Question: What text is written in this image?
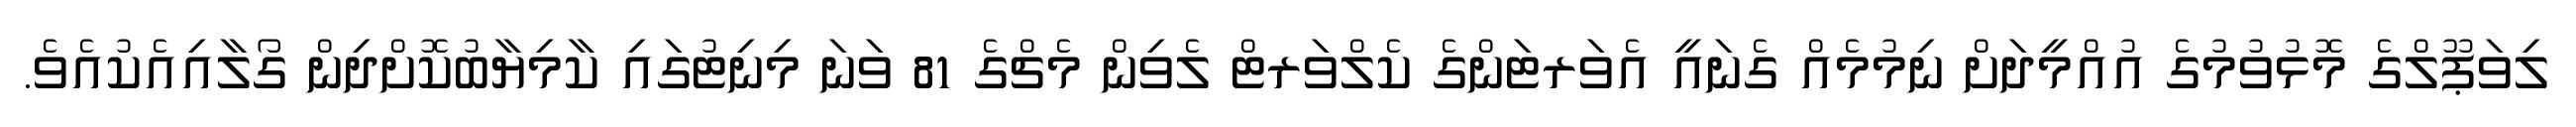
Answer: ލިވަޕޫލްގެ މޮޅުވުމުގެ އުއްމީދަށް ނިމުމެއް ގެނައީ އެވަރޓަންގެ ކެލްވަރޓް ލެވިން މެޗްގެ 81 ވަނަ މިނިޓުގައި ކާމިޔާބުކޮށްދިން ގޯލާއިއެކުއެވެ.